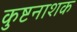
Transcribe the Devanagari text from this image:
कुष्टनाशक